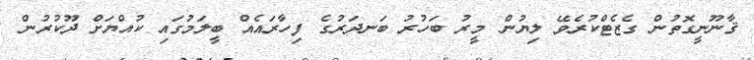
ޤާނޫނީގޮތުން ގެޒެޓްކުރެވޭ ލިޔުން މީރު ބަހުރު ބަނދަރުގެ ފިހާރައެއް ބީލަމުގައި ކުއްޔަށް ދޫކުރުން